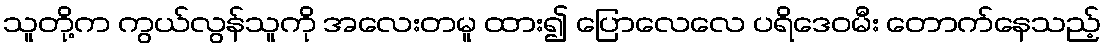
သူတို့က ကွယ်လွန်သူကို အလေးတမူ ထား၍ ပြောလေလေ ပရိဒေဝမီး တောက်နေသည့်